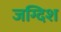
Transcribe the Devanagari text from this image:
जग्दिश